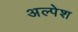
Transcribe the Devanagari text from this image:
अल्पेश